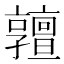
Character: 𠆞